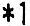
*1